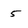
Character: 5